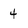
Character: 4